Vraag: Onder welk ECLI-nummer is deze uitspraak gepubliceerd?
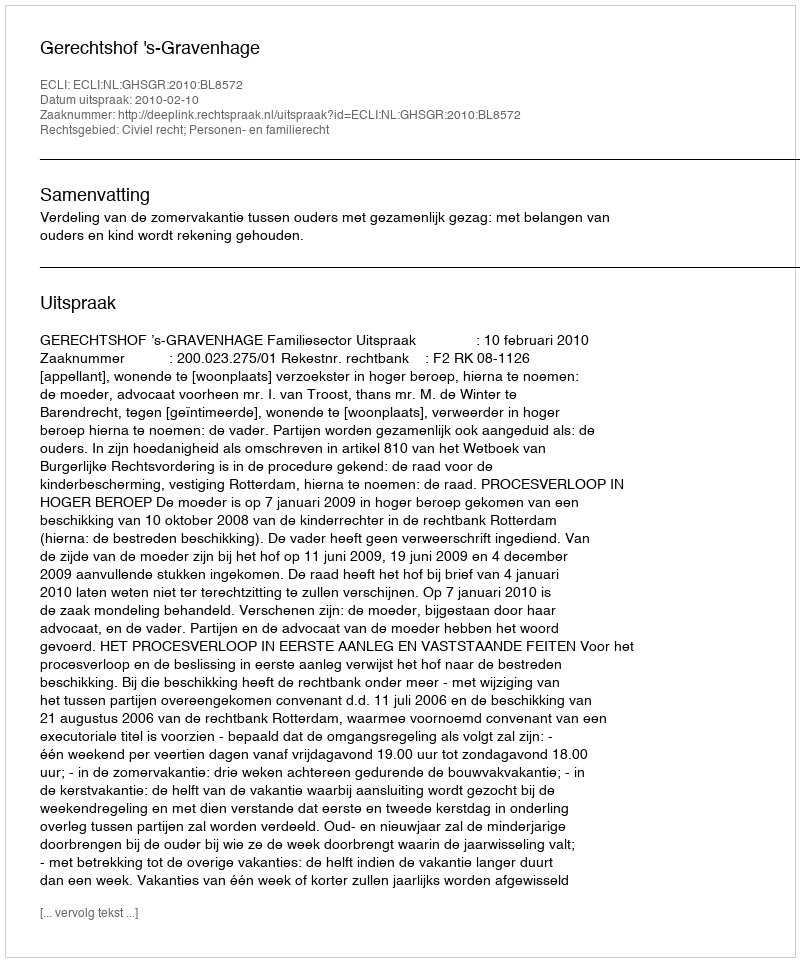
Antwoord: ECLI:NL:GHSGR:2010:BL8572